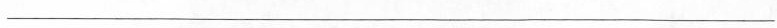
___